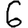
Digit: 6